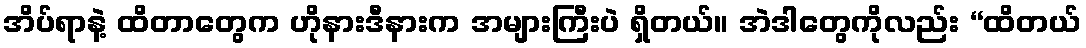
အိပ်ရာနဲ့ ထိတာတွေက ဟိုနားဒီနားက အများကြီးပဲ ရှိတယ်။ အဲဒါတွေကိုလည်း “ထိတယ်